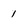
Character: 1